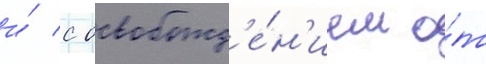
и́ с освобожд'е́н'ием о́т